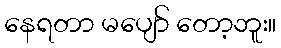
နေရတာ မပျော် တော့ဘူး။